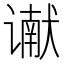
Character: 谳